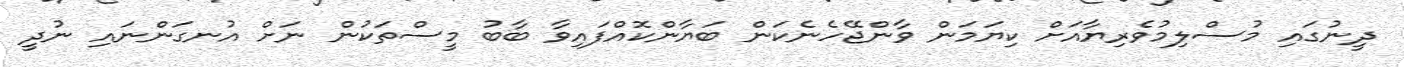
ދީނުގައި މުސްލިމުވެރިޔާއަށް ކިޔަމަން ވާންޖޭހެނެކަން ބަޔާންކޮއްފައިވާ ބާބު މީސްތަކުން ނަށް އުނގަންނައި ނުދީ